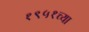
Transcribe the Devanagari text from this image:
१९५१च्या